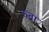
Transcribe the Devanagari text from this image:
रुब्रा